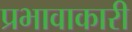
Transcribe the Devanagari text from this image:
प्रभावाकारी